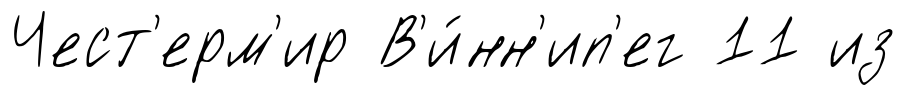
Чест'ерм'ир В'и́нн'ип'ег 11 из